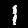
Digit: 1